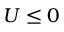
U \leq 0